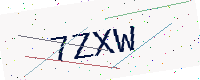
Text: 7ZXW